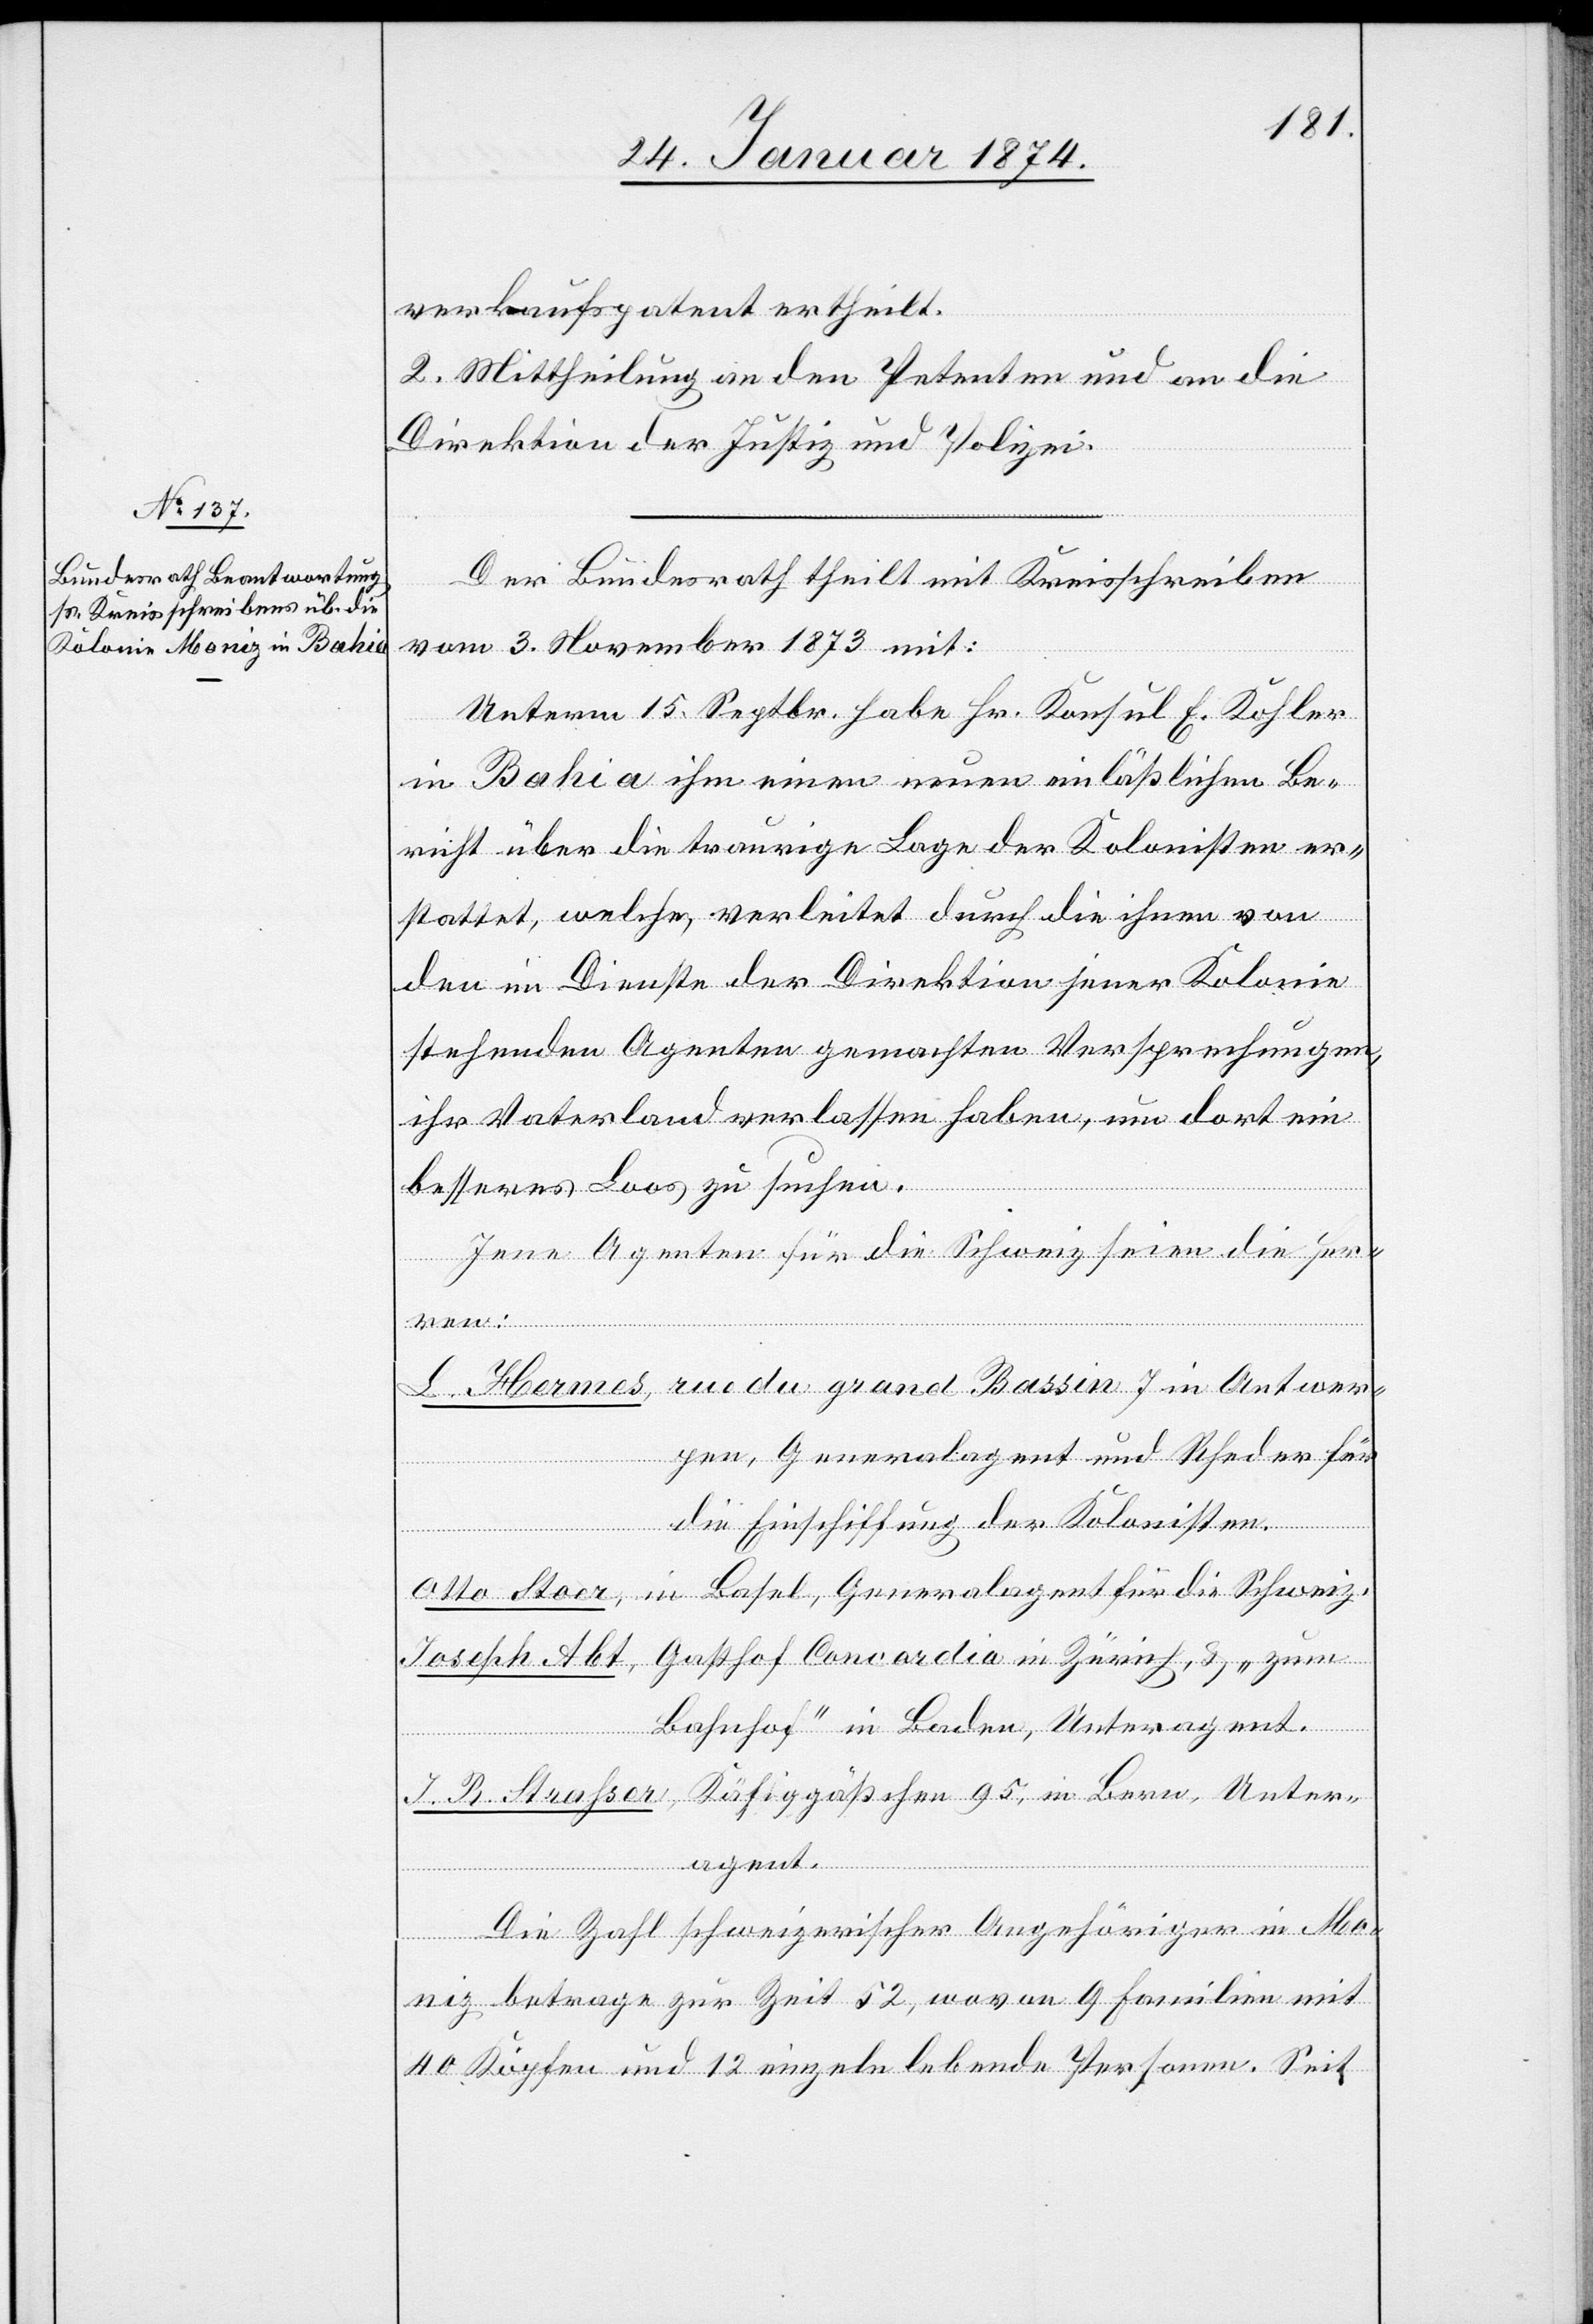
verkaufspatent ertheilt.
2. Mittheilung an den Petenten und an die
Direktion der Justiz und Polizei.
Der Bundesrath theilt mit Kreisschreiben
vom 3. November 1873 mit:
Unterm 15. Septbr. habe Hr. Konsul E. Kohler
in Bahia ihm einen neuen einläßlichen Be¬
richt über die traurige Lage der Kolonisten er¬
stattet, welche, verleitet durch die ihnen von
den im Dienste der Direktion jener Kolonie
stehenden Agenten gemachten Versprechungen,
ihr Vaterland verlassen habe, um dort ein
besseres Loos zu suchen.
Jene Agenten für die Schweiz seien die Her¬
L. Hermes, rue du grand Bassin 7 in Antwer¬
pen, Generalagent und Rheder für
die Einschiffung der Kolonisten.
Otto Stoer, in Basel, Generalagent für die Schweiz.
Joseph Abt, Gutshof Concordia in Zürich, & „zum
Bahnhof“ in Baden, Unteragent.
J. R. Struhser, Käfiggäßchen 95, in Bern, Unter¬
agent.
Die Zahl schweizerischer Angehöriger in Mo¬
ren:
niz betrage zur Zeit 52, wovon 9 Familien mit
40 Köpfen und 12 einzeln lebende Personen. Seit